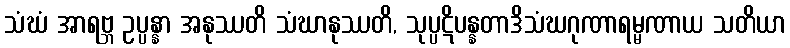
သံဃံ အာရဗ္ဘ ဥပ္ပန္နာ အနုဿတိ သံဃာနုဿတိ, သုပ္ပဋိပန္နတာဒိသံဃဂုဏာရမ္မဏာယ သတိယာ